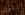
تفعل